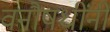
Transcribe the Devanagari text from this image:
वनौषधींनी